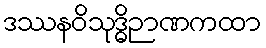
ဒဿနဝိသုဒ္ဓိဉာဏကထာ